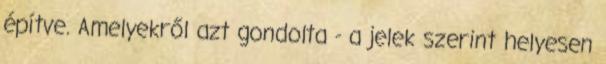
építve. Amelyekről azt gondolta - a jelek szerint helyesen